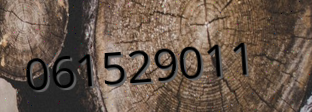
061529011